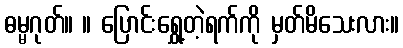
ဓမ္မဂုတ်။ ။ ပြောင်းရွှေ့တဲ့ရက်ကို မှတ်မိသေးလား။